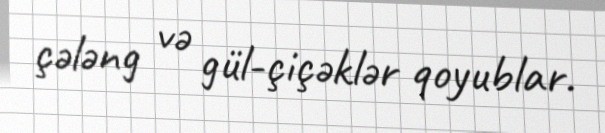
çələng və gül-çiçəklər qoyublar.